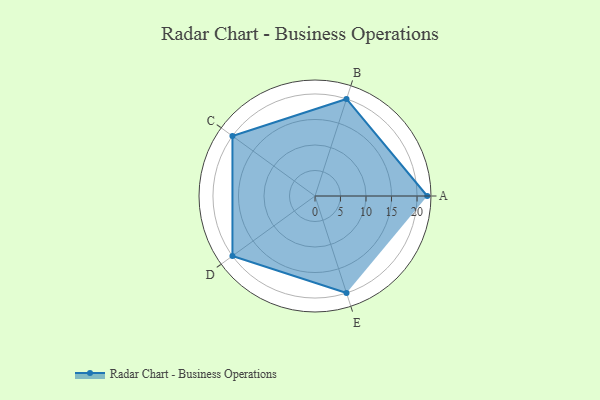
{"axis": {"x": "Skill", "y": "Score"}, "legend": ["Profile"], "data": [{"x": "A", "y": 22.0, "type": "Profile"}, {"x": "B", "y": 20.0, "type": "Profile"}, {"x": "C", "y": 20, "type": "Profile"}, {"x": "D", "y": 20, "type": "Profile"}, {"x": "E", "y": 20, "type": "Profile"}]}